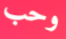
وحب